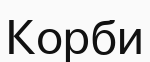
Корби